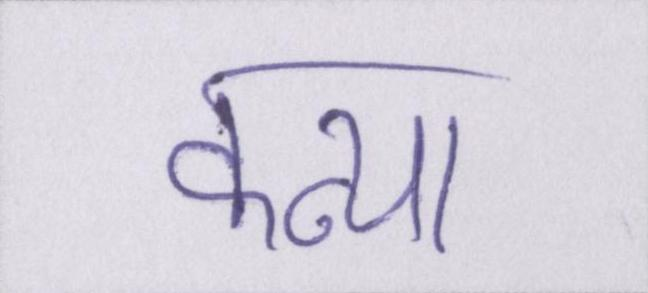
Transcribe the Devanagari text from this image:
कन्या